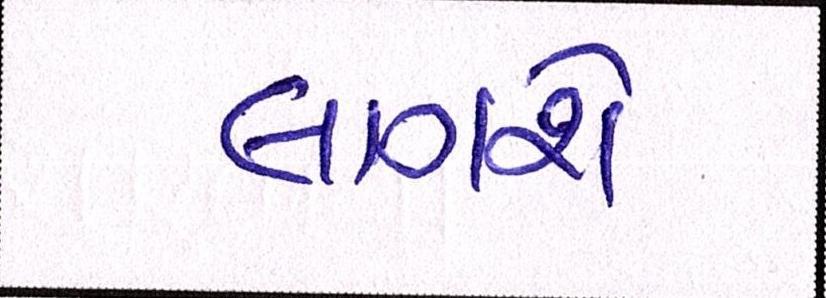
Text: લાગશે